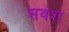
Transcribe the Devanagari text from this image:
सवंश